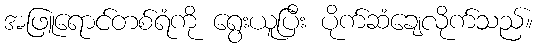
အဖြူရောင်တစ်ရံကို ရွေးယူပြီး ပိုက်ဆံချေလိုက်သည်။